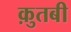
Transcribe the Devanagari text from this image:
क़ुतबी